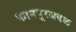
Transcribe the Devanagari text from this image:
कानपूरजवळ